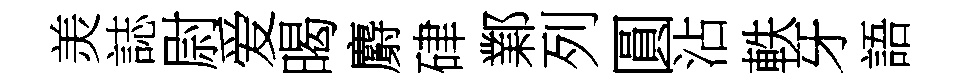
羙誌尉爱暍麝硉鄴列圓沾軼牙語